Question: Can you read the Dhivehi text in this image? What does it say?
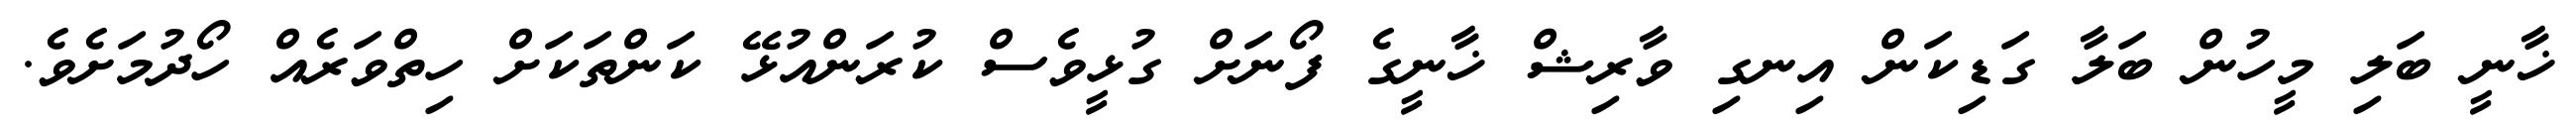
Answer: ޚާނީ ބަލި މީހުން ބަލާ ގަޑިކަން އިނގި ވާރިޝް ޚާނީގެ ފޯނަށް ގުޅީވެސް ކުރަންއުޅޭ ކަންތަކަށް ހިތްވަރެއް ހޯދުމަށެވެ.